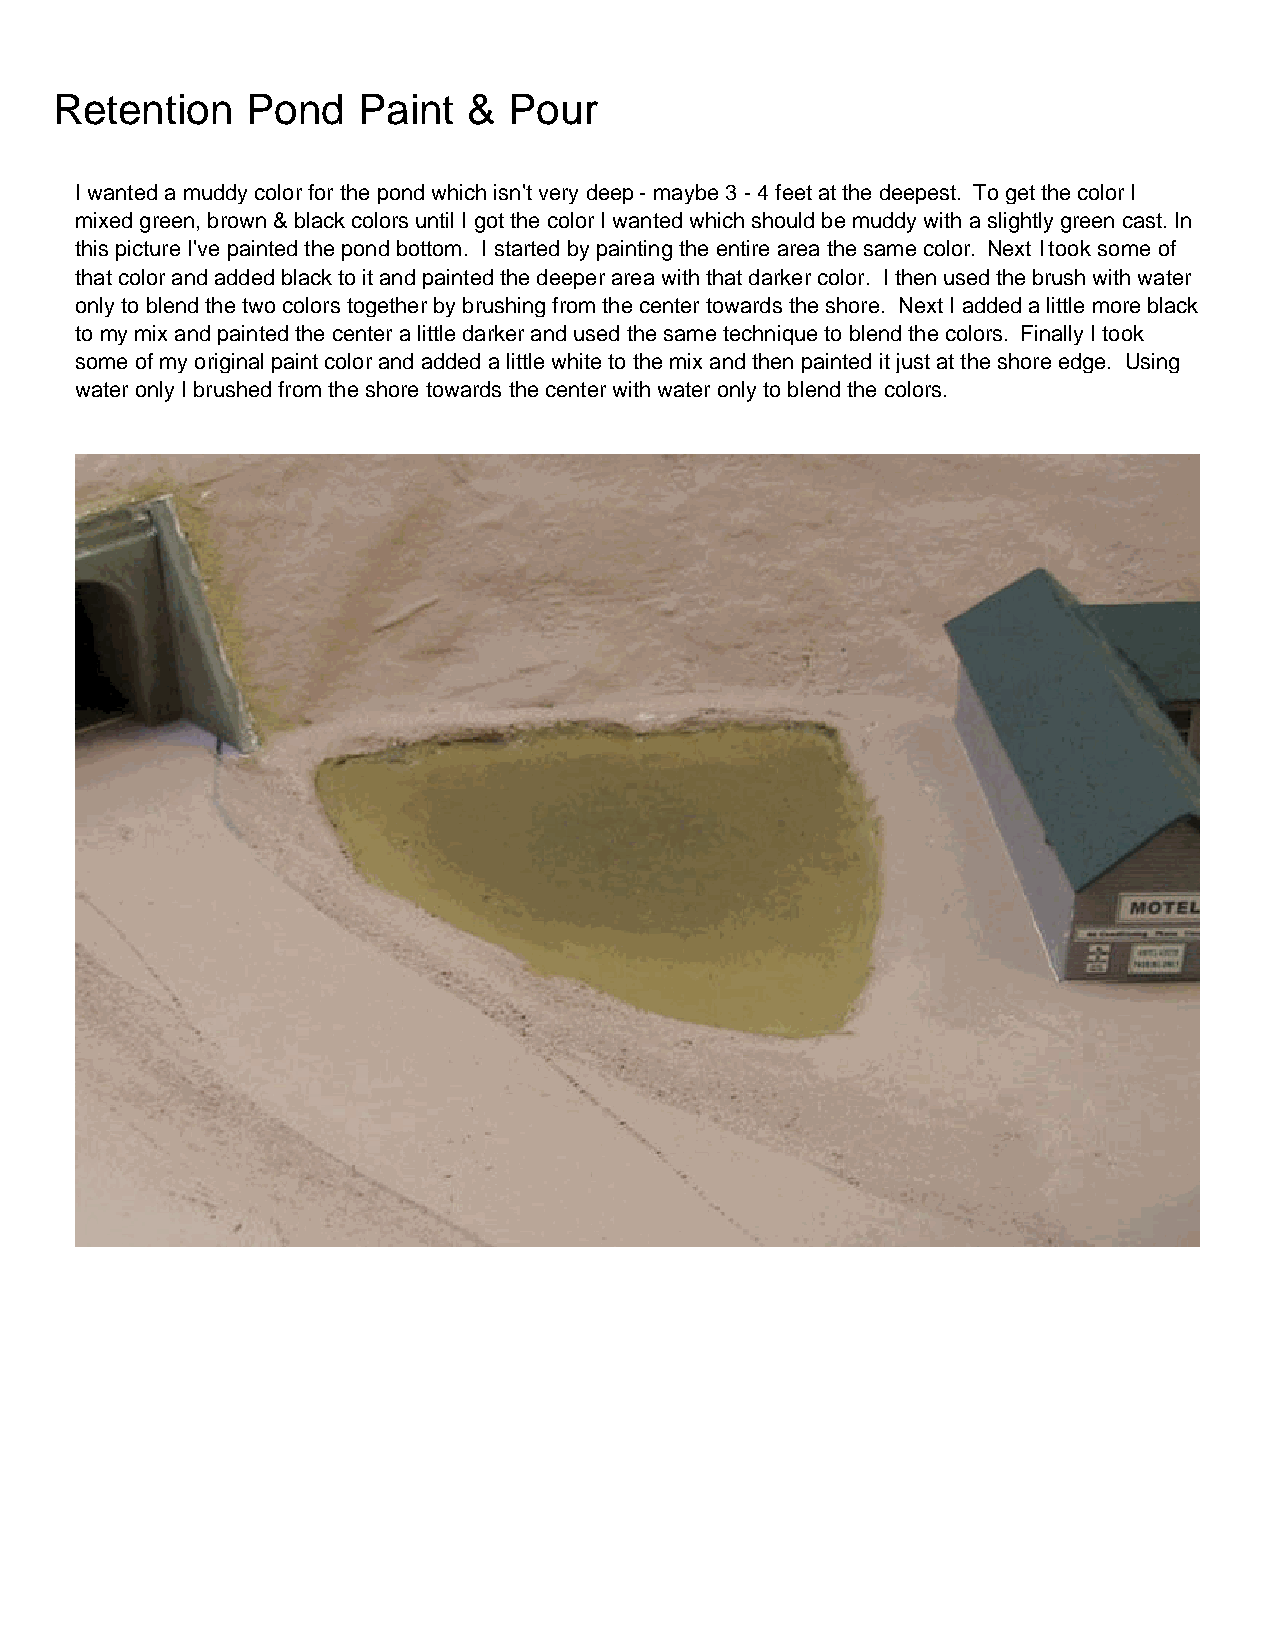
Retention   Pond    Paint  &  Pour
 I wanted a muddy color for the pond which isn't very deep - maybe 3 - 4 feet at the deepest. To get the color I
 mixed green, brown & black colors until I got the color I wanted which should be muddy with a slightly green cast. In
 this picture I've painted the pond bottom. I started by painting the entire area the same color. Next I took some of
 that color and added black to it and painted the deeper area with that darker color. I then used the brush with water
 only to blend the two colors together by brushing from the center towards the shore. Next I added a little more black
 to my mix and painted the center a little darker and used the same technique to blend the colors. Finally I took
 some of my original paint color and added a little white to the mix and then painted it just at the shore edge. Using
 water only I brushed from the shore towards the center with water only to blend the colors.